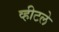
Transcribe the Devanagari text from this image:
व्हीटले